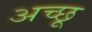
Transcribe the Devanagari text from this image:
अच्छू